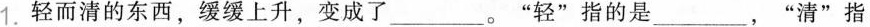
1.轻而清的东西，缓缓上升，变成了_________。 ”轻”指的是_________，”清”指